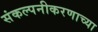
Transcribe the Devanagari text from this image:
संकल्पनीकरणाच्या